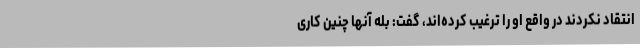
انتقاد نکردند در واقع او را ترغیب کرده‌اند، گفت: بله آنها چنین کاری